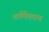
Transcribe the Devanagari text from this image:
कर्मिकरण